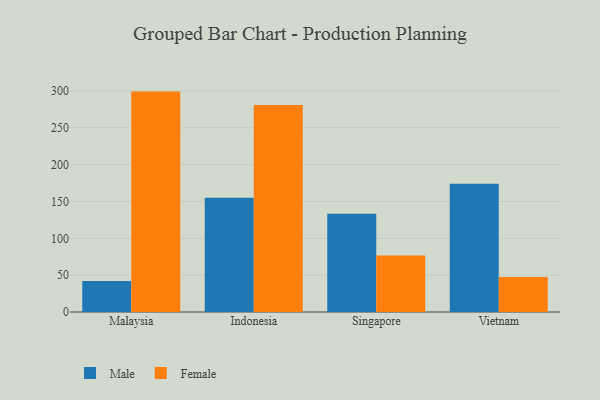
{"axis": {"x": "Country", "y": "Gross Profit (USD K)"}, "legend": ["Female", "Male"], "data": [{"x": "Malaysia", "y": 42.1, "type": "Male"}, {"x": "Malaysia", "y": 299.2, "type": "Female"}, {"x": "Indonesia", "y": 155.2, "type": "Male"}, {"x": "Indonesia", "y": 281.0, "type": "Female"}, {"x": "Singapore", "y": 133.3, "type": "Male"}, {"x": "Singapore", "y": 76.6, "type": "Female"}, {"x": "Vietnam", "y": 174.1, "type": "Male"}, {"x": "Vietnam", "y": 47.5, "type": "Female"}]}